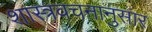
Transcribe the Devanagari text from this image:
शास्त्रवचनानुसार